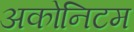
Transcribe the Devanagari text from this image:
अकोनिटम